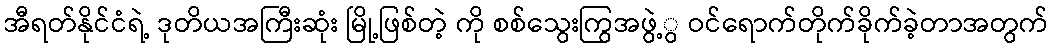
အီရတ်နိုင်ငံရဲ့ ဒုတိယအကြီးဆုံး မြို့ဖြစ်တဲ့ ကို စစ်သွေးကြွအဖွဲ့ွ ဝင်ရောက်တိုက်ခိုက်ခဲ့တာအတွက်